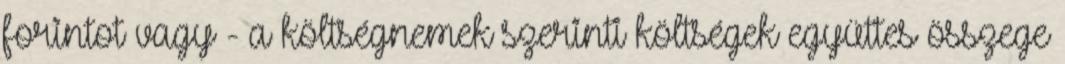
forintot vagy - a költségnemek szerinti költségek együttes összege